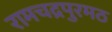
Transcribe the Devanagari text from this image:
रामचद्रपुरमठ